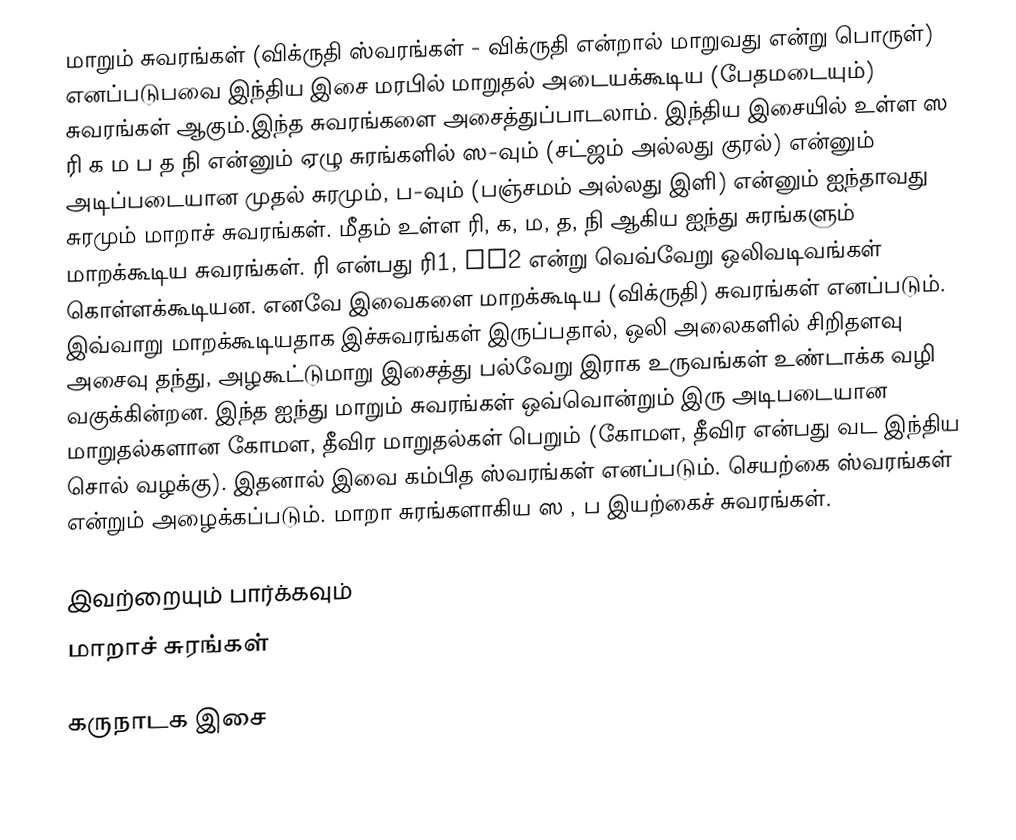
மாறும் சுவரங்கள் (விக்ருதி ஸ்வரங்கள் - விக்ருதி என்றால் மாறுவது என்று பொருள்)  எனப்படுபவை இந்திய இசை மரபில் மாறுதல் அடையக்கூடிய (பேதமடையும்) சுவரங்கள் ஆகும்.இந்த சுவரங்களை அசைத்துப்பாடலாம். இந்திய இசையில் உள்ள ஸ ரி க ம ப த நி என்னும் ஏழு சுரங்களில் ஸ-வும் (சட்ஜம் அல்லது குரல்) என்னும் அடிப்படையான முதல் சுரமும், ப-வும் (பஞ்சமம் அல்லது இளி) என்னும் ஐந்தாவது சுரமும் மாறாச் சுவரங்கள். மீதம் உள்ள ரி, க, ம, த, நி ஆகிய ஐந்து சுரங்களும் மாறக்கூடிய சுவரங்கள். ரி என்பது ரி1, ri2 என்று வெவ்வேறு ஒலிவடிவங்கள் கொள்ளக்கூடியன. எனவே இவைகளை மாறக்கூடிய (விக்ருதி) சுவரங்கள் எனப்படும். இவ்வாறு மாறக்கூடியதாக இச்சுவரங்கள் இருப்பதால், ஒலி அலைகளில் சிறிதளவு அசைவு தந்து, அழகூட்டுமாறு இசைத்து பல்வேறு இராக உருவங்கள் உண்டாக்க வழி வகுக்கின்றன. இந்த ஐந்து மாறும் சுவரங்கள் ஒவ்வொன்றும்  இரு அடிபடையான மாறுதல்களான கோமள, தீவிர மாறுதல்கள் பெறும் (கோமள, தீவிர என்பது வட இந்திய சொல் வழக்கு). இதனால் இவை கம்பித ஸ்வரங்கள் எனப்படும். செயற்கை ஸ்வரங்கள் என்றும் அழைக்கப்படும். மாறா சுரங்களாகிய ஸ , ப இயற்கைச் சுவரங்கள்.

இவற்றையும் பார்க்கவும்
 மாறாச் சுரங்கள்

 கருநாடக இசை